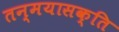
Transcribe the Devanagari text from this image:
तन्मयासक्ति